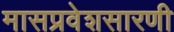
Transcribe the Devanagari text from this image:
मासप्रवेशसारणी